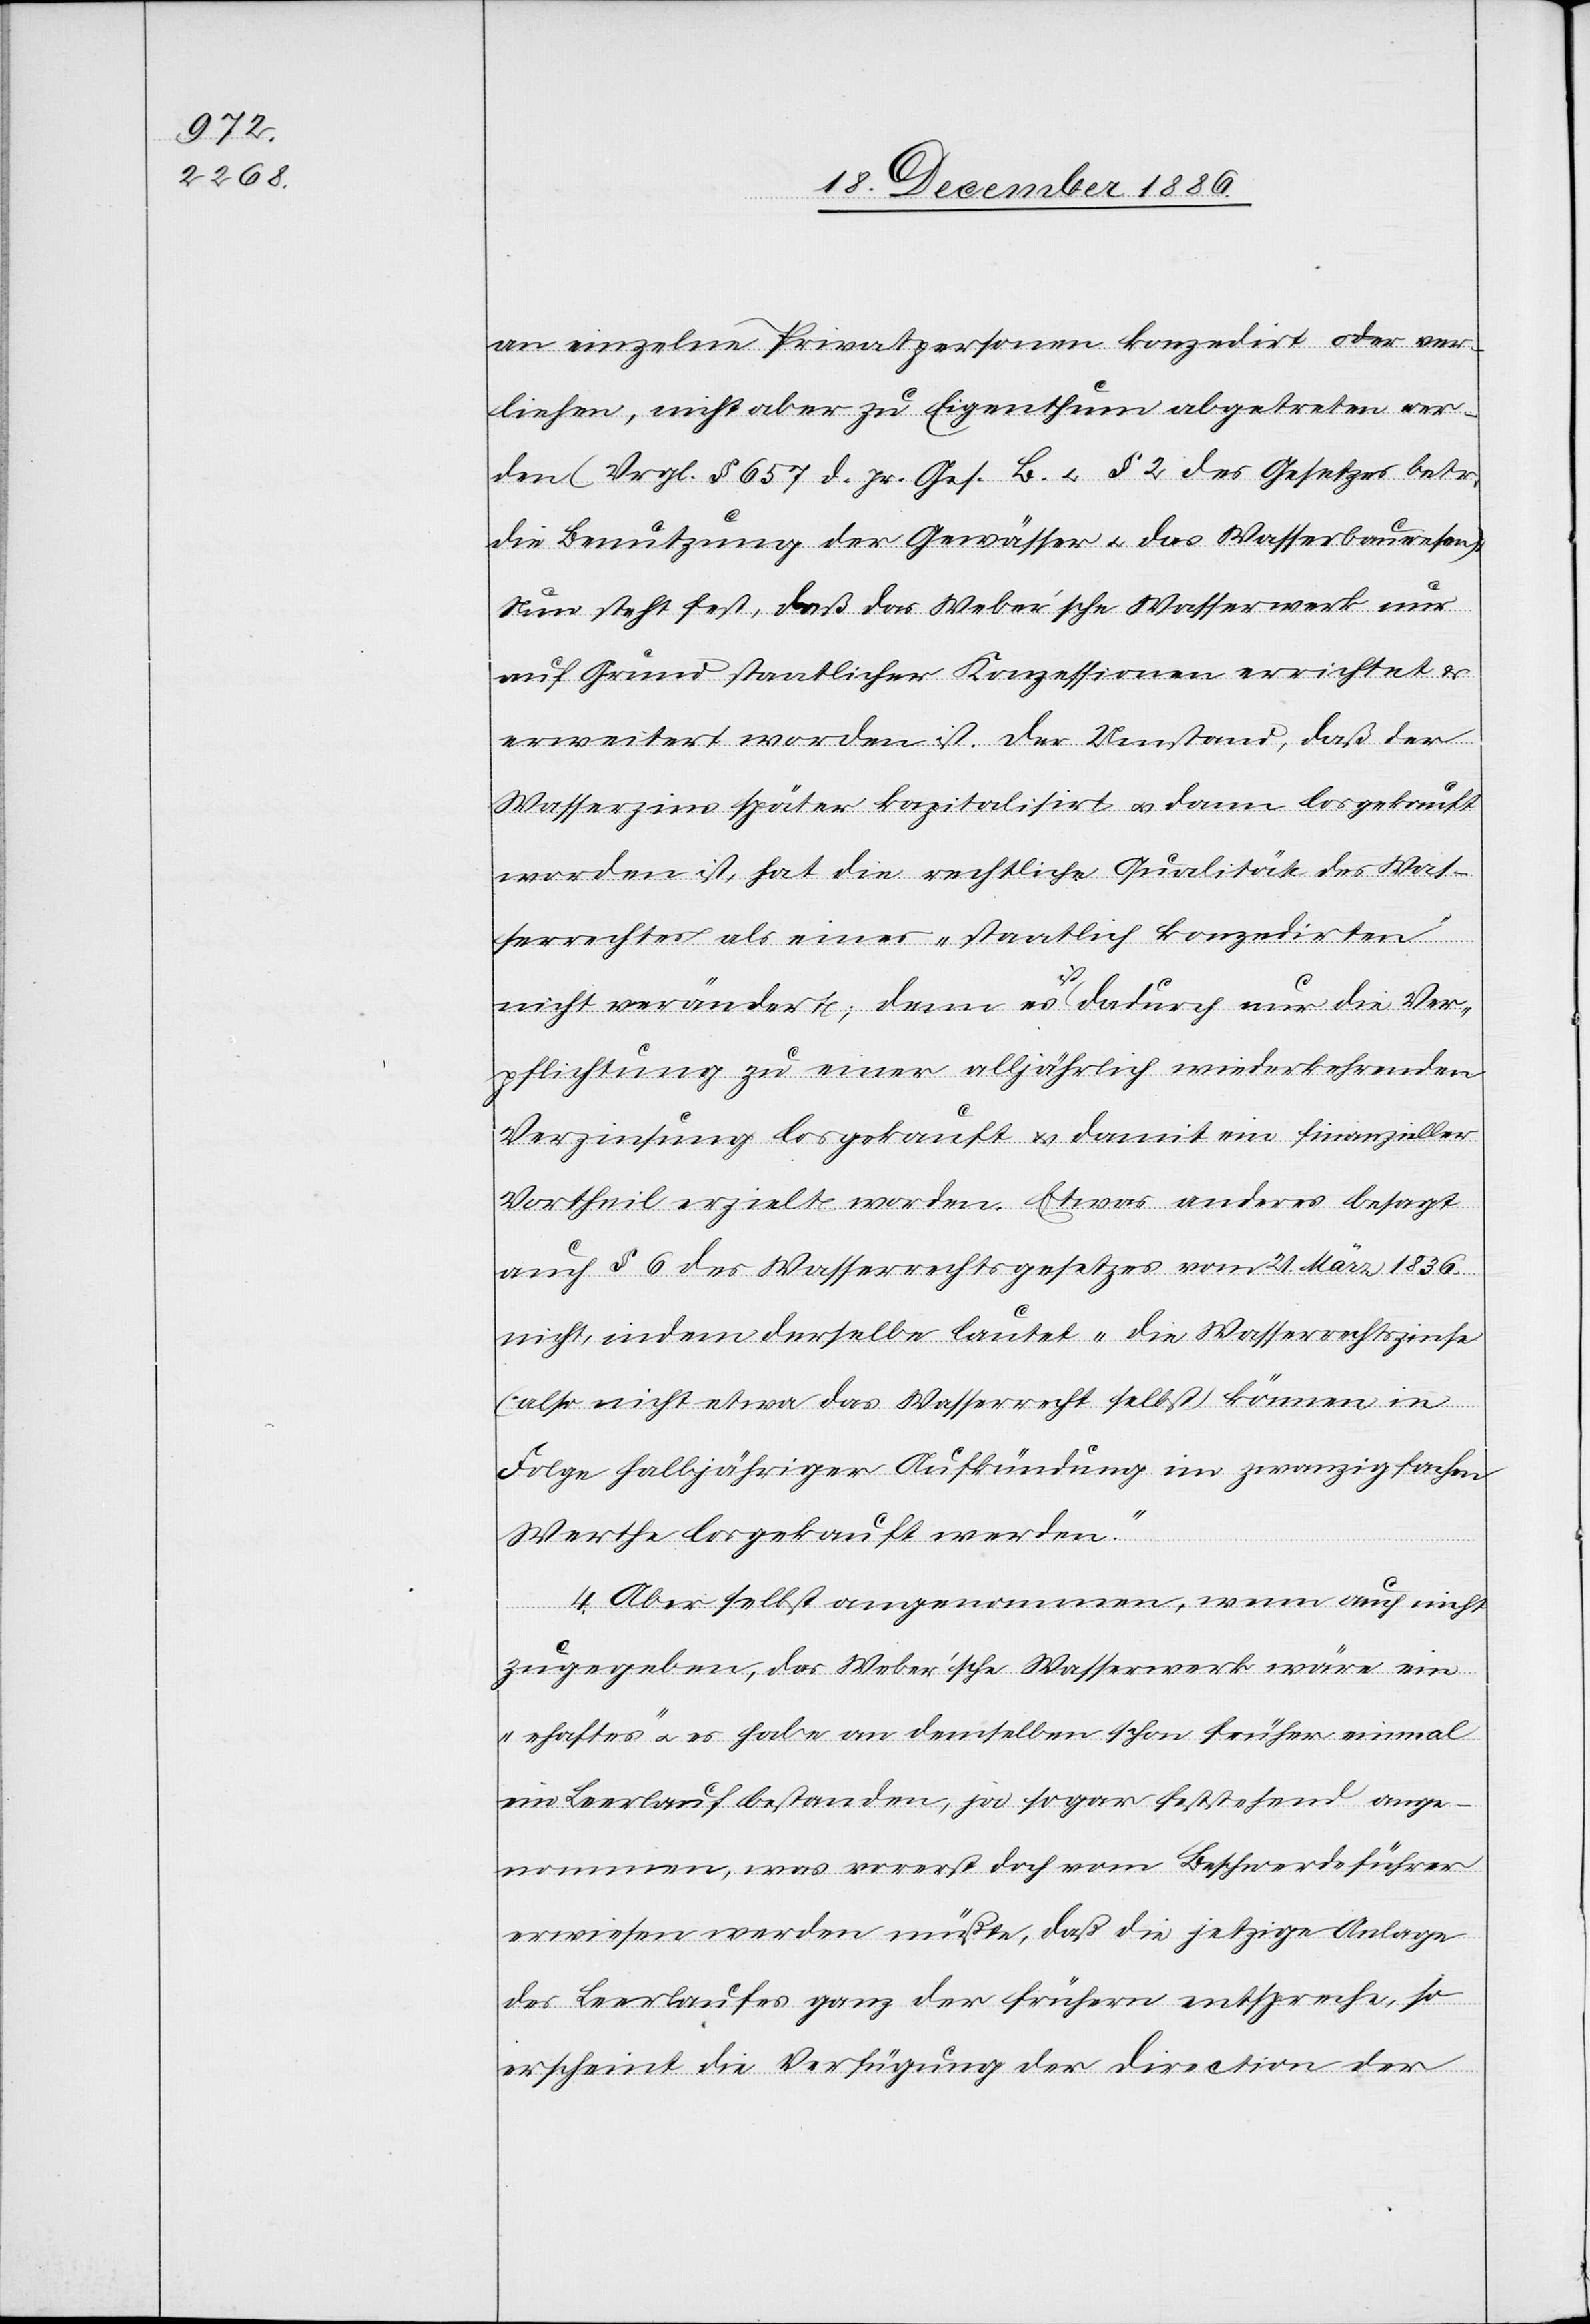
an einzelne Privatpersonen konzedirt oder ver¬
liehen, nicht aber zu Eigenthum abgetreten wer¬
den (Vrgl. § 657 d. pr. Ges. B. & § 2 des Gesetzes betr.
die Benutzung der Gewässer & das Wasserbauwesen).
Nun steht fest, daß das Weber’sche Wasserwerk nur
auf Grund staatlicher Konzessionen errichtet &
erweitert worden ist. Der Umstand, daß der
Wasserzins später kapitalisirt & dann losgekauft
worden ist, hat die rechtliche Qualität des Was¬
serrechtes als einer „staatlich konzedirten“
nicht verändert; denn es ist dadurch nur die Ver¬
pflichtung zu einer alljährlich wiederkehrenden
Verzinsung losgekauft & damit ein finanzieller
Vortheil erzielt worden. Etwas anderes besagt
auch § 6 des Wasserrechtsgesetzes vom 21. März 1836
nicht, indem derselbe lautet „die Wasserrechtszinse
(also nicht etwa das Wasserrecht selbst) können in
Folge halbjähriger Aufkündung im zwanzigfachen
Werthe losgekauft werden.“
4. Aber selbst angenommen, wenn auch nicht
zugegeben, das Weber’sche Wasserwerk wäre ein
„ehaftes“ [sic!] & es habe an demselben schon früher einmal
ein Leerlauf bestanden, ja sogar feststehend ange¬
nommen, was vorerst doch vom Beschwerdeführer
erwiesen werden müßte, daß die jetzige Anlage
des Leerlaufes ganz der frühern entspreche, so
erscheint die Verfügung der Direction der